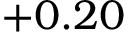
+ 0 . 2 0